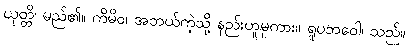
ယုတ္တိ၊ မည်၏။ ကိမိဝ၊ အဘယ်ကဲ့သို့ နည်းဟူမူကား။ ရူပဘဝေါ၊ သည်။